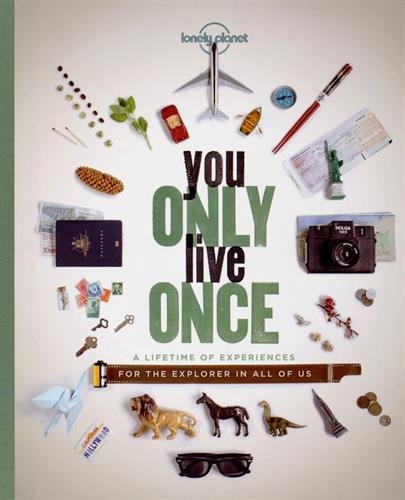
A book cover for You Only Live Once: A Lifetime of Experiences for the Explorer in all of us (Lonely Planet); Lonely Planet; Travel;